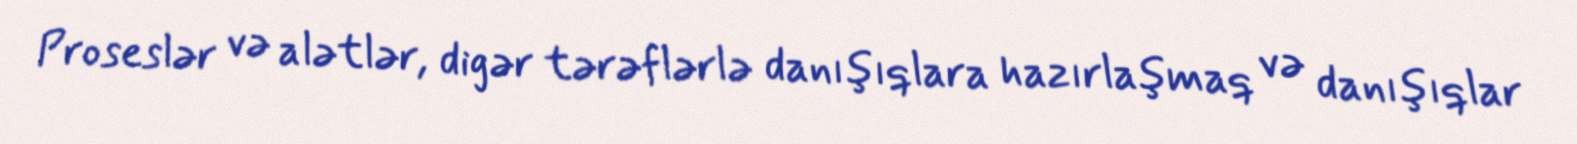
Proseslər və alətlər, digər tərəflərlə danışıqlara hazırlaşmaq və danışıqlar